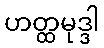
ဟတ္ထမုဒ္ဒါ